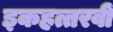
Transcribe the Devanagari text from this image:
इकहत्तरवीं